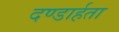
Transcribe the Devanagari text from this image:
दण्डार्हता